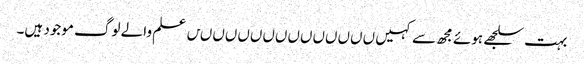
بہت سلجھے ہوئے مجھ سے کہیں ںںںںںںںںںںںںںںں علم والے لوگ موجود ہیں۔